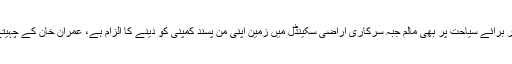
وزیر اعلی خیبر پختونخواہ محمود خان، سینیٹر محسن وزیر اور سینئر صوبائی وزیر برائے سیاحت پر بھی مالم جبہ سرکاری اراضی سکینڈل میں زمین اپنی من پسند کمپنی کو دینے کا الزام ہے، عمران خان کے چہیتے دوست زلفی بخاری پر آفشور کمپنیوں اور آمدن سے زائد اثاثوں کے مقدمات ہیں۔